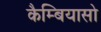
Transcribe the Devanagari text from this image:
कैम्बियासो